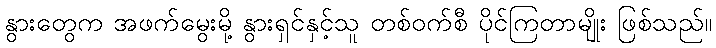
နွားတွေက အဖက်မွေးမို့ နွားရှင်နှင့်သူ တစ်ဝက်စီ ပိုင်ကြတာမျိုး ဖြစ်သည်။